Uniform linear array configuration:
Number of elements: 64
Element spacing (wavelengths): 0.75
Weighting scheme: exponential
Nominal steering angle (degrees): -45
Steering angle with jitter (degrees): -44.868
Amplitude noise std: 0.05
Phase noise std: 0.05

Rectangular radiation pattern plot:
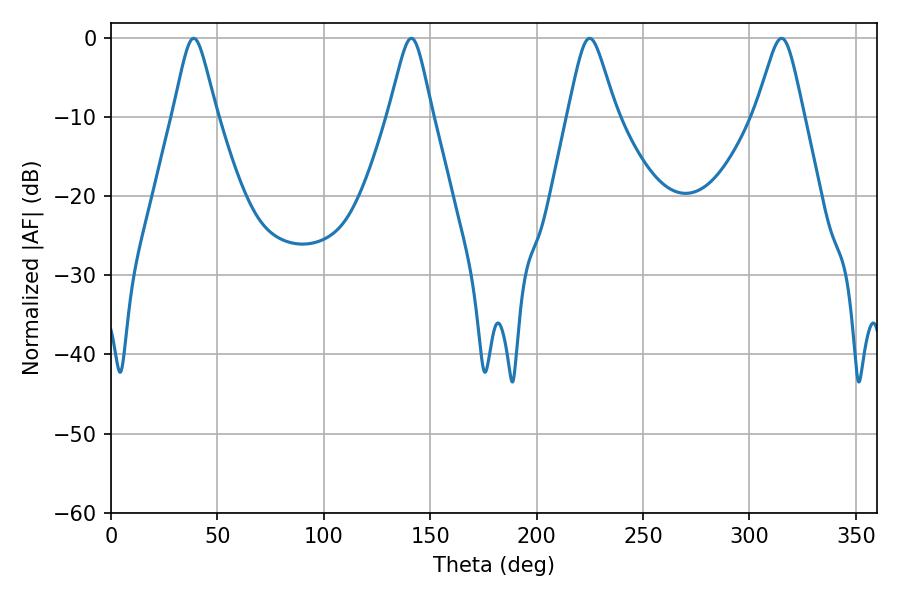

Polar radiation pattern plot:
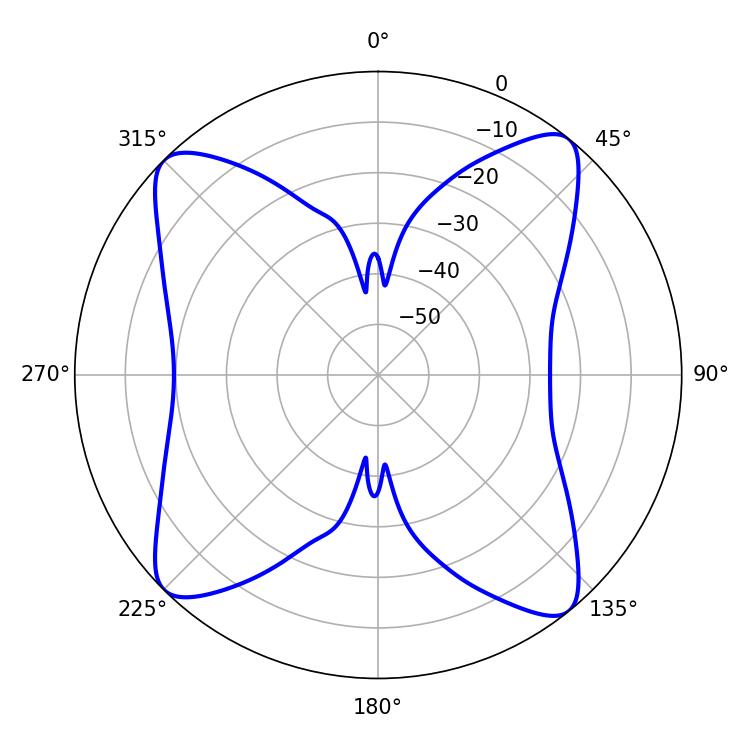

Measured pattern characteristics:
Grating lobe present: TRUE
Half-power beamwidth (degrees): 9.9
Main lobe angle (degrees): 38.88